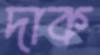
দাক